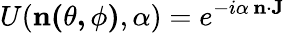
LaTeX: U(\mathbf{n(\theta,\phi)},\alpha)=e^{-i\alpha\, \mathbf{n}\cdot\mathbf{J}}